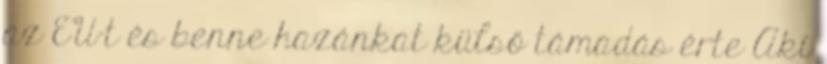
az EU-t és benne hazánkat külső támadás érte Aki